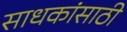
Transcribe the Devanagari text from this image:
साधकांसाठी